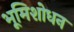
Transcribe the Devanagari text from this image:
भूमिशोधन